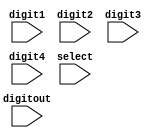
`timescale 1ns / 1ps

module digit_selector(
    input [6:0] digit1,
    input [6:0] digit2,
    input [6:0] digit3,
    input [6:0] digit4,
    input [1:0] select,
    input [6:0] digitout
    );
    
    assign digitout = (select == 0) ? digit1 : (select == 1) ? digit2 : (select == 2) ? digit3 : digit4;
    
endmodule